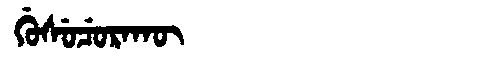
Manchu: ᡤᡠᠰᡠᠴᡠᡵᠠᡴᡡ
Romanization: GUSUCURAKŪ